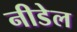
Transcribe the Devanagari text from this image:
नीडेल